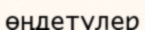
өңдетулер